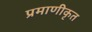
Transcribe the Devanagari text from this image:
प्रमाणीकृत